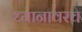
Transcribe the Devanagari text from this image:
ध्यानावरच